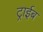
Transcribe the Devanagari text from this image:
ट्राईब